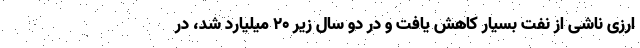
ارزی ناشی از نفت بسیار کاهش یافت و در دو سال زیر ۲۰ میلیارد شد، در